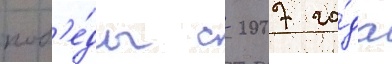
поб'е́ды с 2007 го́да